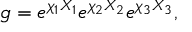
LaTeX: g = e ^ { \chi _ { 1 } X _ { 1 } } e ^ { \chi _ { 2 } X _ { 2 } } e ^ { \chi _ { 3 } X _ { 3 } } ,